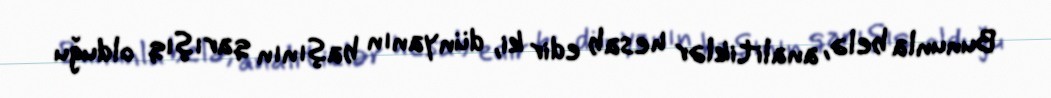
Bununla belə, analitiklər hesab edir ki, dünyanın başının qarışıq olduğu